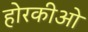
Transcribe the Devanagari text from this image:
होरकीओ